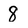
Character: 8